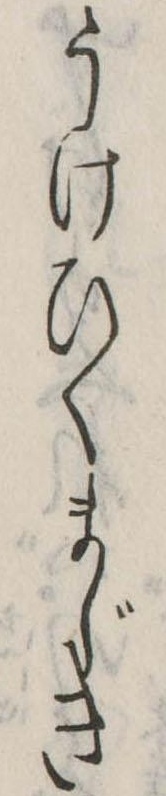
うけひくまじき